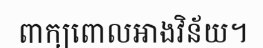
ពាក្យពោលអាងវិន័យ។